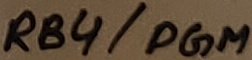
Text: RB4/PGM